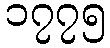
၁၇၇၅